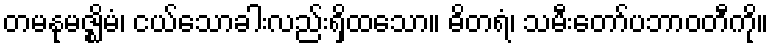
တမနုမဇ္ဈိမံ၊ ငယ်သောခါးလည်းရှိထသော။ ဓိတရံ၊ သမီးတော်ပဘာဝတီကို။